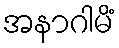
အနာဂါမိံ